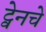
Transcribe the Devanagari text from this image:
ट्वेनचे